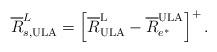
LaTeX: \begin{align*}{\overline{R}}_{s,\mathrm{ULA}}^L=\left[{\overline{R}}^{\mathrm{L}}_\mathrm{ULA}-{\overline{R}}_{e^{*}}^{\mathrm{ULA}}\right]^+.\end{align*}